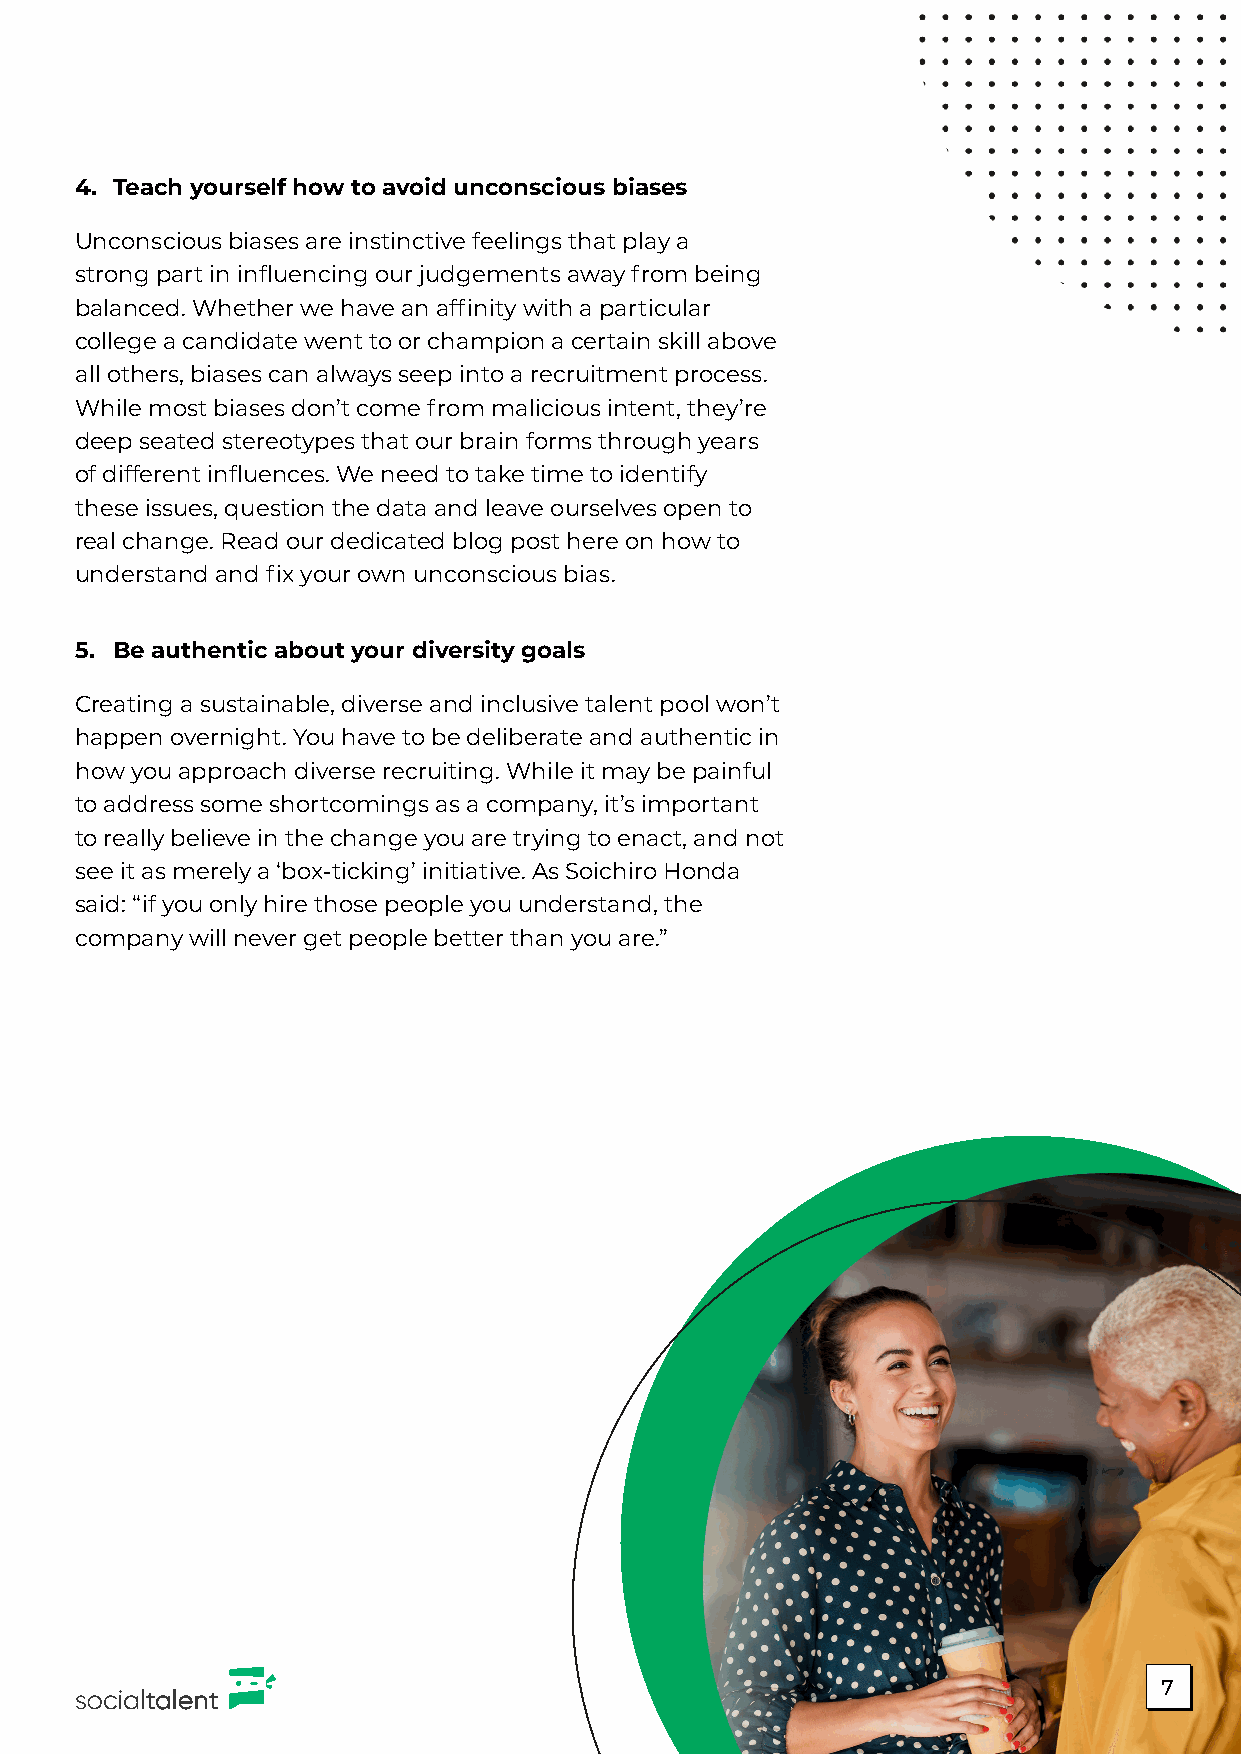
4. Teach yourself how to avoid unconscious biases
 Unconscious biases are instinctive feelings that play a
 strong part in influencing our judgements away from being
 balanced. Whether we have an affinity with a particular
 college a candidate went to or champion a certain skill above
 all others, biases can always seep into a recruitment process.
 While most biases don’t come from malicious intent, they’re
 deep seated stereotypes that our brain forms through years
 of different influences. We need to take time to identify
 these issues, question the data and leave ourselves open to
 real change. Read our dedicated blog post here on how to
 understand and fix your own unconscious bias.
 5. Be authentic about your diversity goals
 Creating a sustainable, diverse and inclusive talent pool won’t
 happen overnight. You have to be deliberate and authentic in
 how you approach diverse recruiting. While it may be painful
 to address some shortcomings as a company, it’s important
 to really believe in the change you are trying to enact, and not
 see it as merely a ‘box-ticking’ initiative. As Soichiro Honda
 said: “if you only hire those people you understand, the
 company will never get people better than you are.”
 7